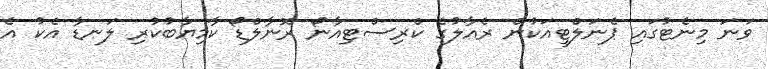
ވަނަ މިނެޓުގައި ޕެނަލްޓީއަކުން ރެއާލުގެ ކްރިސްޓިއާނޯ ރޮނާލްޑޯ ކާމިޔާބުކުރި ލަނޑާ އެކު އެ